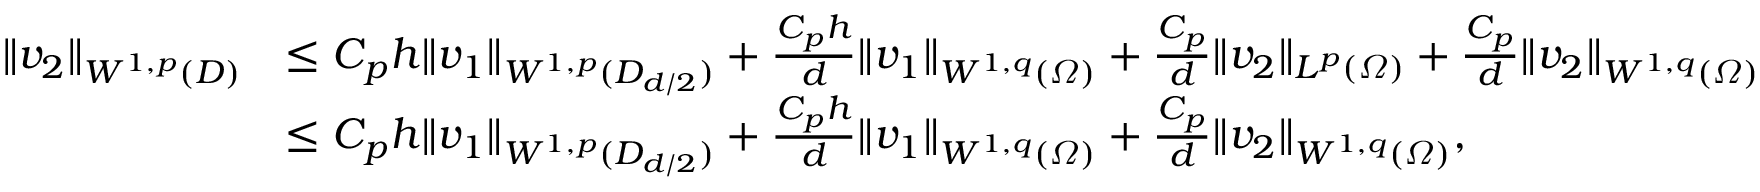
\begin{array} { r l } { \| v _ { 2 } \| _ { W ^ { 1 , p } ( D ) } } & { \leq C _ { p } h \| v _ { 1 } \| _ { W ^ { 1 , p } ( D _ { d / 2 } ) } + \frac { C _ { p } h } { d } \| v _ { 1 } \| _ { W ^ { 1 , q } ( \varOmega ) } + \frac { C _ { p } } { d } \| v _ { 2 } \| _ { L ^ { p } ( \varOmega ) } + \frac { C _ { p } } { d } \| v _ { 2 } \| _ { W ^ { 1 , q } ( \varOmega ) } } \\ & { \leq C _ { p } h \| v _ { 1 } \| _ { W ^ { 1 , p } ( D _ { d / 2 } ) } + \frac { C _ { p } h } { d } \| v _ { 1 } \| _ { W ^ { 1 , q } ( \varOmega ) } + \frac { C _ { p } } { d } \| v _ { 2 } \| _ { W ^ { 1 , q } ( \varOmega ) } , } \end{array}